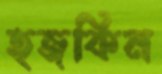
হজকিন